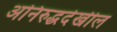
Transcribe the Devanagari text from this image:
अनिरुद्धदेखील